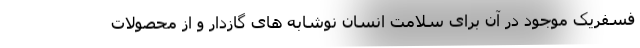
فسفریک موجود در آن برای سلامت انسان نوشابه های گازدار و از محصولات